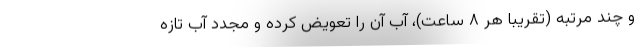
و چند مرتبه (تقریبا هر ۸ ساعت)، آب آن را تعویض کرده و مجدد آب تازه